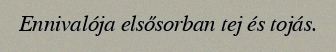
Ennivalója elsősorban tej és tojás.